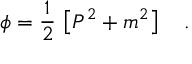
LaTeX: \phi = \frac { 1 } { 2 } \, \left[ P ^ { 2 } + m ^ { 2 } \right] \ \ \ .